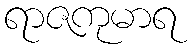
ရာဇကုမာရ